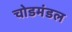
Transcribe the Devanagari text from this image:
चोडमंडल